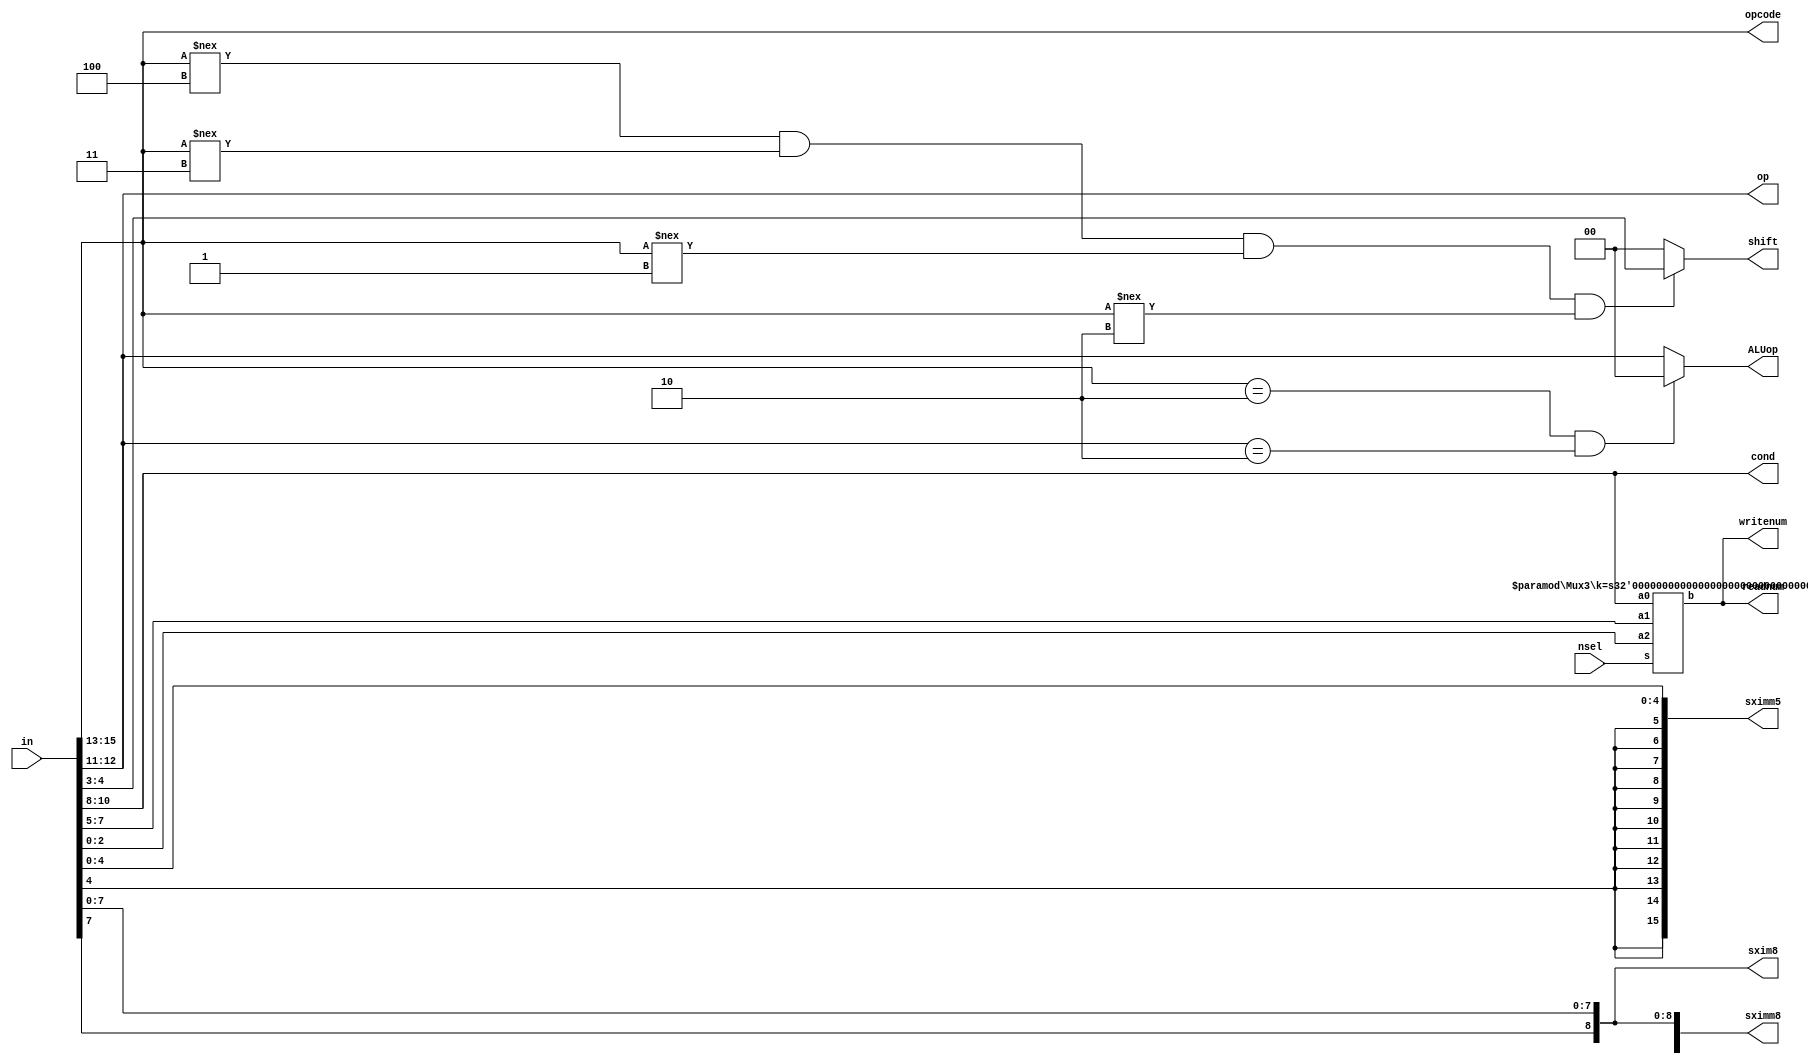
module instruction_decoder(in, nsel, ALUop, sximm5, sximm8,
  shift, readnum, writenum, opcode, op, cond, sxim8);

  input [15:0] in;
  input [2:0] nsel;
  output [1:0] ALUop, shift;
  output [15:0] sximm8, sximm5;
  output [2:0] readnum, writenum, opcode, cond;
  output [1:0] op;
  output [8:0] sxim8;
  wire [2:0] readwrite;

  assign cond = in[10:8];
  assign sximm5 = {{11{in[4]}}, in[4:0]}; //sign extend in[4:0]
  assign sximm8 = {{8{in[7]}}, in[7:0]}; //sign extend in[7:0]
  assign sxim8 = {in[7], in[7:0]}; //sign extend in[7:0] to 9 bits long
  assign ALUop = (opcode == 3'b010 & op == 2'b10) ? 2'b00 : in[12:11]; //assign in[12:11] to ALUop
  assign shift = (in[15:13] !== 3'b100 & in[15:13] !== 3'b011 & in[15:13] !== 3'b001 & in[15:13] !== 3'b010) ? in[4:3] : 2'b00; //assign in[4:3] to shift
  Mux3 #(3) multiplex3(in[2:0], in[7:5], in[10:8], nsel, readwrite);   
  //multiplexer that chooses between Rd, Rn, and Rm based on nsel
  assign readnum = readwrite; //assign readnum and writenum with readwrite
  assign writenum = readwrite;
  assign opcode = in[15:13]; //assign in[15:13] to output opcode
  assign op = in[12:11]; //assign in[12:11] to output op
endmodule

module Mux3(a2,a1,a0,s,b);
  //multiplexer for three values
  parameter k = 1;
  input [k-1:0] a0, a1, a2;
  input [2:0] s;
  output [k-1:0] b;
 
  assign b = ({k{s[0]}} & a0) | ({k{s[1]}} & a1) | ({k{s[2]}} & a2);

endmodule